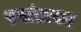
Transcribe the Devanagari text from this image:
रवांडावर